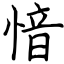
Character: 愔